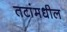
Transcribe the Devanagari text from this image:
तटांमधील